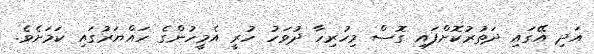
އަދި އޭގައި ދަތުރުކޮށްފައި ގޮސް މިހުރިހާ ދުވަހު ހުރީ އެމީހުންގެ ހައްޔަރުގައި ކަމަށެވެ.